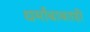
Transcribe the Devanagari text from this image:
धर्मांबाबतही